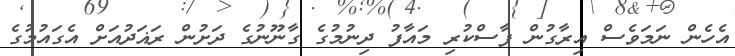
އެހެން ނަމަވެސް އިރާގުން ފާސްކުރި މައާފު ދިނުމުގެ ގާނޫނުގެ ދަށުން ރަޣަދުއަށް އެގައުމުގެ